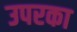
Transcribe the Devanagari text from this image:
उपरका